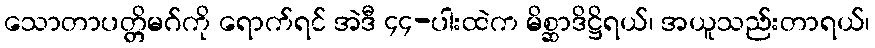
သောတာပတ္တိမဂ်ကို ရောက်ရင် အဲဒီ ၄၄-ပါးထဲက မိစ္ဆာဒိဋ္ဌိရယ်၊ အယူသည်းတာရယ်၊